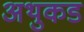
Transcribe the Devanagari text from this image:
अथुकड